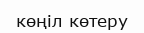
көңіл көтеру